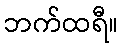
ဘက်ထရီ။